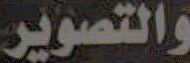
والتصوير